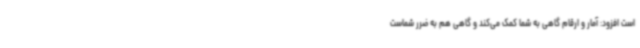
است افزود: آمار و ارقام گاهی به شما کمک می‌کند و گاهی هم به ضرر شماست